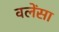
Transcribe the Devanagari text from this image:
वलेंसा